65_HS1-834228961_62-HQ-83894_Section_4
Agency: FBI
Page 87
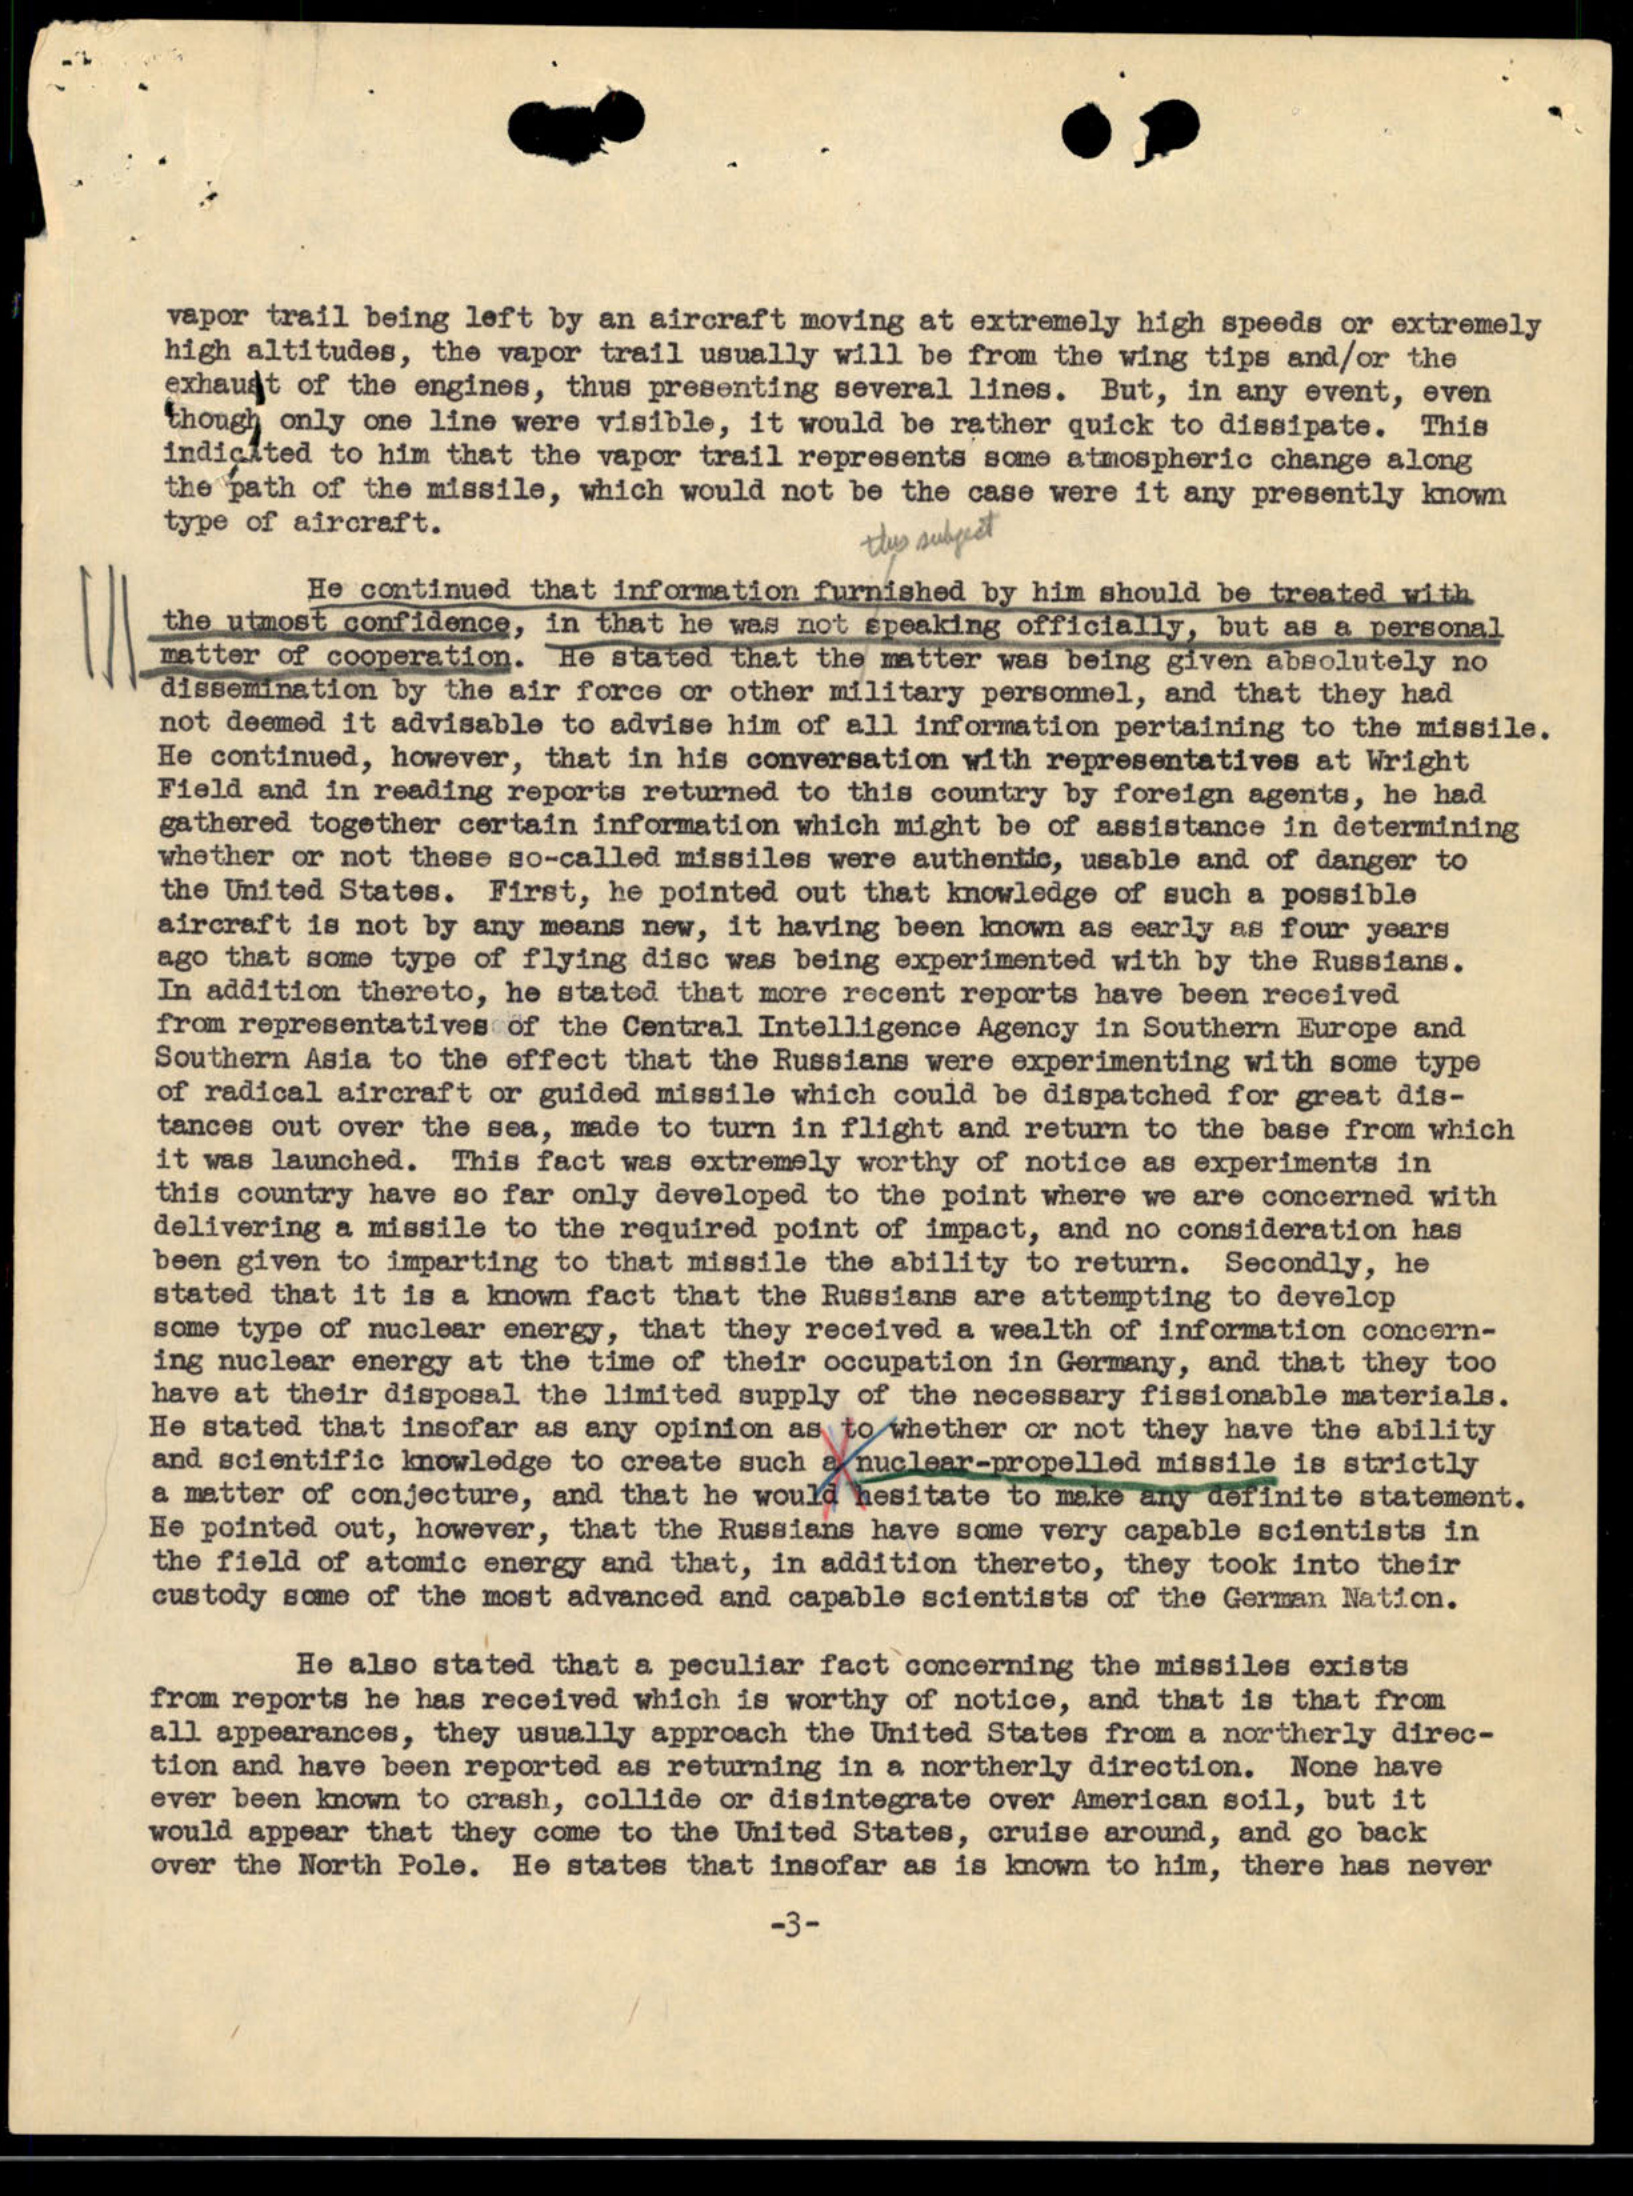